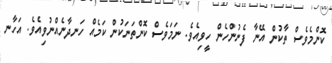
ކޮންމެވެސް ތާކުން އޭނާ ފެނުންހެން ހީވިއެވެ. ނަމަވެސް ކޮންތަނަކުން ކަމެއް ހަނދާނެއްނުވިއެވެ. އަހާނ